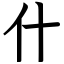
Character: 什